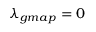
\lambda _ { g m a p } = 0